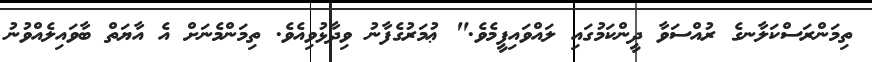
ތިމަންރަސްކަލާނގެ ރުއްސަވާ ދީންކަމުގައި ލައްވައިފީމެވެ." ޢުމަރުގެފާނު ވިދާޅުވިއެވެ. ތިމަންމެނަށް އެ އާޔަތް ބާވައިލެއްވުނު